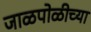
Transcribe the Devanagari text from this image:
जाळपोळीच्या